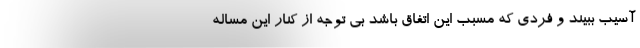
آسیب ببیند و فردی که مسبب این اتفاق باشد بی توجه از کنار این مساله